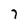
Character: 7